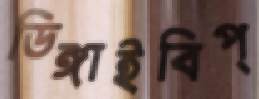
ডিঙ্গাইবিপ্